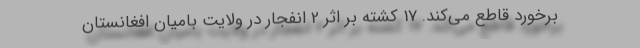
برخورد قاطع می‌کند. 17 کشته بر اثر 2 انفجار در ولایت بامیان افغانستان